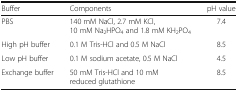
<table><thead><tr><td><b>Buffer</b></td><td><b>Components</b></td><td><b>pH value</b></td></tr></thead><tbody><tr><td>PBS</td><td>140 mM NaCl, 2.7 mM KCl, 10 mM Na<sub>2</sub>HPO<sub>4</sub> and 1.8 mM KH<sub>2</sub>PO<sub>4</sub></td><td>7.4</td></tr><tr><td>High pH buffer</td><td>0.1 M Tris-HCl and 0.5 M NaCl</td><td>8.5</td></tr><tr><td>Low pH buffer</td><td>0.1 M sodium acetate, 0.5 M NaCl</td><td>4.5</td></tr><tr><td>Exchange buffer</td><td>50 mM Tris-HCl and 10 mM reduced glutathione</td><td>8.5</td></tr></tbody></table>